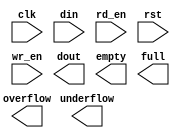
module ClockSegmentsFIFO(
	clk,
	din,
	rd_en,
	rst,
	wr_en,
	dout,
	empty,
	full,
	overflow,
	underflow);


input clk;
input [143 : 0] din;
input rd_en;
input rst;
input wr_en;
output [143 : 0] dout;
output empty;
output full;
output overflow;
output underflow;

// synthesis translate_off

      FIFO_GENERATOR_V4_4 #(
		.C_COMMON_CLOCK(1),
		.C_COUNT_TYPE(0),
		.C_DATA_COUNT_WIDTH(12),
		.C_DEFAULT_VALUE("BlankString"),
		.C_DIN_WIDTH(144),
		.C_DOUT_RST_VAL("0"),
		.C_DOUT_WIDTH(144),
		.C_ENABLE_RLOCS(0),
		.C_FAMILY("spartan3"),
		.C_FULL_FLAGS_RST_VAL(1),
		.C_HAS_ALMOST_EMPTY(0),
		.C_HAS_ALMOST_FULL(0),
		.C_HAS_BACKUP(0),
		.C_HAS_DATA_COUNT(0),
		.C_HAS_INT_CLK(0),
		.C_HAS_MEMINIT_FILE(0),
		.C_HAS_OVERFLOW(1),
		.C_HAS_RD_DATA_COUNT(0),
		.C_HAS_RD_RST(0),
		.C_HAS_RST(1),
		.C_HAS_SRST(0),
		.C_HAS_UNDERFLOW(1),
		.C_HAS_VALID(0),
		.C_HAS_WR_ACK(0),
		.C_HAS_WR_DATA_COUNT(0),
		.C_HAS_WR_RST(0),
		.C_IMPLEMENTATION_TYPE(0),
		.C_INIT_WR_PNTR_VAL(0),
		.C_MEMORY_TYPE(1),
		.C_MIF_FILE_NAME("BlankString"),
		.C_MSGON_VAL(1),
		.C_OPTIMIZATION_MODE(0),
		.C_OVERFLOW_LOW(0),
		.C_PRELOAD_LATENCY(1),
		.C_PRELOAD_REGS(0),
		.C_PRIM_FIFO_TYPE("4kx9"),
		.C_PROG_EMPTY_THRESH_ASSERT_VAL(2),
		.C_PROG_EMPTY_THRESH_NEGATE_VAL(3),
		.C_PROG_EMPTY_TYPE(0),
		.C_PROG_FULL_THRESH_ASSERT_VAL(4094),
		.C_PROG_FULL_THRESH_NEGATE_VAL(4093),
		.C_PROG_FULL_TYPE(0),
		.C_RD_DATA_COUNT_WIDTH(12),
		.C_RD_DEPTH(4096),
		.C_RD_FREQ(1),
		.C_RD_PNTR_WIDTH(12),
		.C_UNDERFLOW_LOW(0),
		.C_USE_DOUT_RST(1),
		.C_USE_ECC(0),
		.C_USE_EMBEDDED_REG(0),
		.C_USE_FIFO16_FLAGS(0),
		.C_USE_FWFT_DATA_COUNT(0),
		.C_VALID_LOW(0),
		.C_WR_ACK_LOW(0),
		.C_WR_DATA_COUNT_WIDTH(12),
		.C_WR_DEPTH(4096),
		.C_WR_FREQ(1),
		.C_WR_PNTR_WIDTH(12),
		.C_WR_RESPONSE_LATENCY(1))
	inst (
		.CLK(clk),
		.DIN(din),
		.RD_EN(rd_en),
		.RST(rst),
		.WR_EN(wr_en),
		.DOUT(dout),
		.EMPTY(empty),
		.FULL(full),
		.OVERFLOW(overflow),
		.UNDERFLOW(underflow),
		.INT_CLK(),
		.BACKUP(),
		.BACKUP_MARKER(),
		.PROG_EMPTY_THRESH(),
		.PROG_EMPTY_THRESH_ASSERT(),
		.PROG_EMPTY_THRESH_NEGATE(),
		.PROG_FULL_THRESH(),
		.PROG_FULL_THRESH_ASSERT(),
		.PROG_FULL_THRESH_NEGATE(),
		.RD_CLK(),
		.RD_RST(),
		.SRST(),
		.WR_CLK(),
		.WR_RST(),
		.ALMOST_EMPTY(),
		.ALMOST_FULL(),
		.DATA_COUNT(),
		.PROG_EMPTY(),
		.PROG_FULL(),
		.VALID(),
		.RD_DATA_COUNT(),
		.WR_ACK(),
		.WR_DATA_COUNT(),
		.SBITERR(),
		.DBITERR());


// synthesis translate_on

// XST black box declaration
// box_type "black_box"
// synthesis attribute box_type of ClockSegmentsFIFO is "black_box"

endmodule